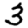
Digit: 3